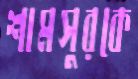
শামসুরকে